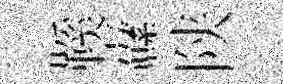
鞵纛陕